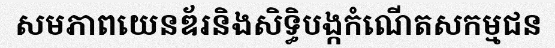
សមភាពយេនឌ័រនិងសិទ្ធិបង្កកំណើតសកម្មជន